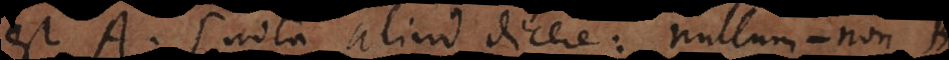
est A (: nota aliud dicere: nullum‐non B